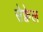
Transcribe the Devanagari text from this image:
सेक्वेल